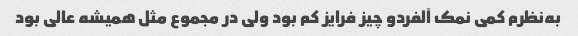
به‌نظرم کمی نمک آلفردو چیز فرایز کم بود ولی در مجموع مثل همیشه عالی بود